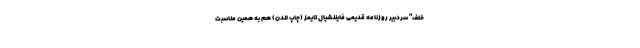
خلف" سردبیر روزنامه قدیمی فایننشیال تایمز (چاپ لندن) هم به همین مناسبت